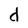
Character: d